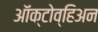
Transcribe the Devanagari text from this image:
ऑक्टोव्हिअन